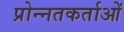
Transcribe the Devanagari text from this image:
प्रोन्नतकर्ताओं